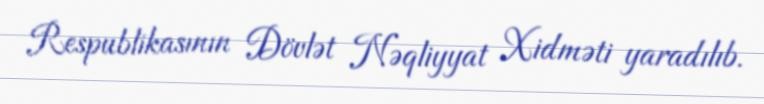
Respublikasının Dövlət Nəqliyyat Xidməti yaradılıb.